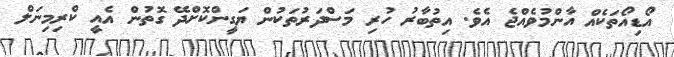
އޯޑިއޯތަކެއް އާންމުވެއްޖެ އެވެ. އިތުބާރު ހުރި މަސްދަރުތަކުން ޔަގީންކޮށްދޭ ގޮތުން އެއީ ކްރިމިނަލް